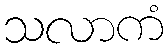
သလာကံ